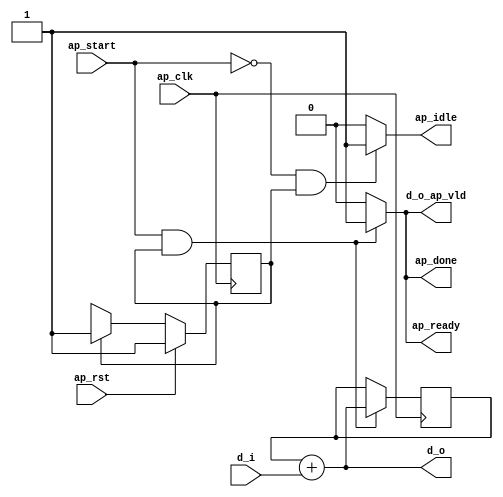
module pointer_basic (
        ap_clk,
        ap_rst,
        ap_start,
        ap_done,
        ap_idle,
        ap_ready,
        d_i,
        d_o,
        d_o_ap_vld
);

parameter    ap_ST_fsm_state1 = 1'd1;

input   ap_clk;
input   ap_rst;
input   ap_start;
output   ap_done;
output   ap_idle;
output   ap_ready;
input  [31:0] d_i;
output  [31:0] d_o;
output   d_o_ap_vld;

reg ap_done;
reg ap_idle;
reg ap_ready;
reg d_o_ap_vld;

(* fsm_encoding = "none" *) reg   [0:0] ap_CS_fsm;
wire    ap_CS_fsm_state1;
reg   [31:0] acc;
wire   [31:0] acc_assign_fu_31_p2;
reg   [0:0] ap_NS_fsm;

// power-on initialization
initial begin
#0 ap_CS_fsm = 1'd1;
#0 acc = 32'd0;
end

always @ (posedge ap_clk) begin
    if (ap_rst == 1'b1) begin
        ap_CS_fsm <= ap_ST_fsm_state1;
    end else begin
        ap_CS_fsm <= ap_NS_fsm;
    end
end

always @ (posedge ap_clk) begin
    if (((ap_start == 1'b1) & (1'b1 == ap_CS_fsm_state1))) begin
        acc <= acc_assign_fu_31_p2;
    end
end

always @ (*) begin
    if (((ap_start == 1'b1) & (1'b1 == ap_CS_fsm_state1))) begin
        ap_done = 1'b1;
    end else begin
        ap_done = 1'b0;
    end
end

always @ (*) begin
    if (((ap_start == 1'b0) & (1'b1 == ap_CS_fsm_state1))) begin
        ap_idle = 1'b1;
    end else begin
        ap_idle = 1'b0;
    end
end

always @ (*) begin
    if (((ap_start == 1'b1) & (1'b1 == ap_CS_fsm_state1))) begin
        ap_ready = 1'b1;
    end else begin
        ap_ready = 1'b0;
    end
end

always @ (*) begin
    if (((ap_start == 1'b1) & (1'b1 == ap_CS_fsm_state1))) begin
        d_o_ap_vld = 1'b1;
    end else begin
        d_o_ap_vld = 1'b0;
    end
end

always @ (*) begin
    case (ap_CS_fsm)
        ap_ST_fsm_state1 : begin
            ap_NS_fsm = ap_ST_fsm_state1;
        end
        default : begin
            ap_NS_fsm = 'bx;
        end
    endcase
end

assign acc_assign_fu_31_p2 = (acc + d_i);

assign ap_CS_fsm_state1 = ap_CS_fsm[32'd0];

assign d_o = (acc + d_i);

endmodule